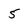
Character: 5